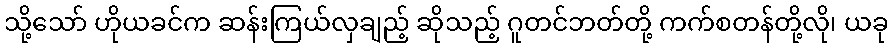
သို့သော် ဟိုယခင်က ဆန်းကြယ်လှချည့် ဆိုသည့် ဂူတင်ဘတ်တို့ ကက်စတန်တို့လို၊ ယခု